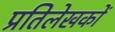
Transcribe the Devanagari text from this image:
प्रतिलेखकों